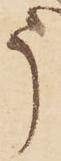
う